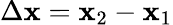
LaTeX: \Delta\mathbf{x}=\mathbf{x}_{2}-\mathbf{x}_{1}